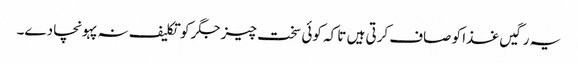
یہ رگیں غذا کو صاف کرتی ہیں تا کہ کوئی سخت چیز جگر کو تکلیف نہ پہونچا دے۔